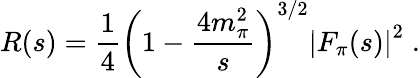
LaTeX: R(s)={\frac{1}{4}}\left(1-{\frac{4m_{\pi}^{2}}{s}}\right)^{3/2}\left|F_{\pi}(s)\right|^{2}\; .